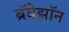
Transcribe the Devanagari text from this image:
ब्रॅबेझॉन